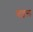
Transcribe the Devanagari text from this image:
चाइल्‍ड